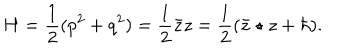
H = \frac { 1 } { 2 } ( p ^ { 2 } + q ^ { 2 } ) = \frac { 1 } { 2 } { \bar { z } } z = \frac { 1 } { 2 } ( { \bar { z } } \star z + \hbar ) .